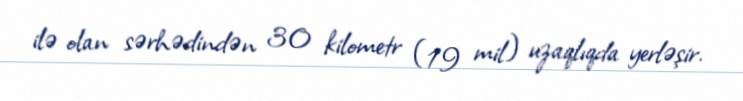
ilə olan sərhədindən 30 kilometr (19 mil) uzaqlıqda yerləşir.